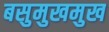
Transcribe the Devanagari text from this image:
बसुमुखमुख